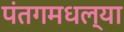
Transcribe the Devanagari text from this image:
पंतगमधल्या